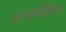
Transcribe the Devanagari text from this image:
अन्तर्वेशित